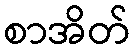
စာအိတ်